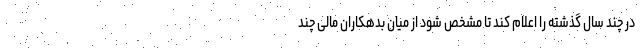
در چند سال گذشته را اعلام کند تا مشخص شود از میان بدهکاران مالی چند